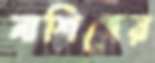
নাশিদের